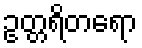
ဥတ္တရိတရော